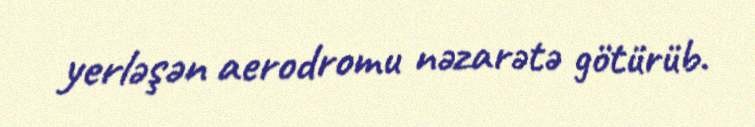
yerləşən aerodromu nəzarətə götürüb.